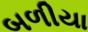
બળીયા